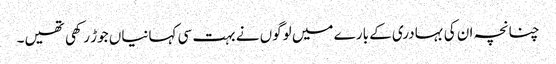
چنانچہ ان کی بہادری کے بارے میں لوگوں نے بہت سی کہانیاں جوڑ رکھی تھیں۔